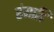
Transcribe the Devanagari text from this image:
रंगादि